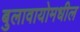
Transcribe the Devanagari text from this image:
बुलावायोमधील